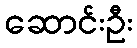
ဆောင်းဦး